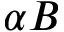
\alpha B